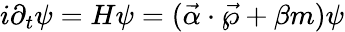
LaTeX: i{\partial}_{t}\psi=H\psi=(\vec{\alpha}\cdot\vec{\wp}+\beta m)\psi